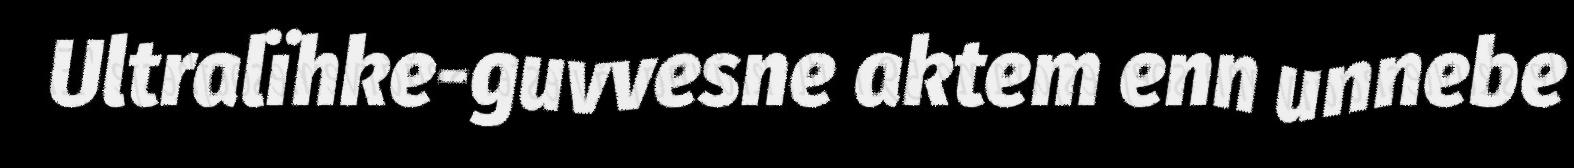
Ultralïhke-guvvesne aktem enn unnebe